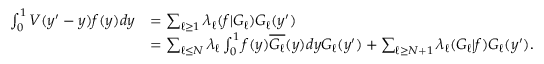
\begin{array} { r l } { \int _ { 0 } ^ { 1 } V ( y ^ { \prime } - y ) f ( y ) d y } & { = \sum _ { \ell \ge 1 } \lambda _ { \ell } ( f | G _ { \ell } ) G _ { \ell } ( y ^ { \prime } ) } \\ & { = \sum _ { \ell \le N } \lambda _ { \ell } \int _ { 0 } ^ { 1 } f ( y ) \overline { { G _ { \ell } } } ( y ) d y G _ { \ell } ( y ^ { \prime } ) + \sum _ { \ell \ge N + 1 } \lambda _ { \ell } ( G _ { \ell } | f ) G _ { \ell } ( y ^ { \prime } ) . } \end{array}